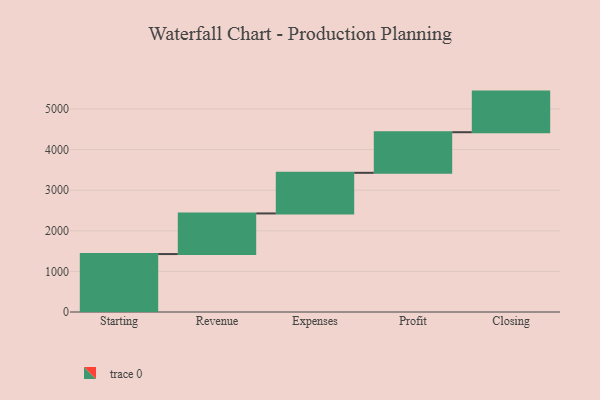
{"axis": {"x": "Step", "y": "Value"}, "legend": [""], "data": [{"x": "Starting", "y": 1427.0, "type": ""}, {"x": "Revenue", "y": 1000, "type": ""}, {"x": "Expenses", "y": 1000, "type": ""}, {"x": "Profit", "y": 1000, "type": ""}, {"x": "Closing", "y": 1000, "type": ""}]}